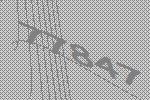
77847